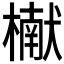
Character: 𬄬